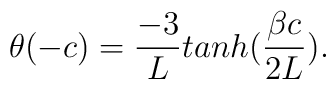
\theta(-c) = {{-3}\over{L}}tanh({{\beta c} \over {2L}}).